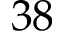
3 8